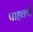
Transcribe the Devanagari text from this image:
पाहवणें